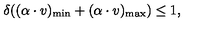
\delta ( ( \alpha \cdot v ) _ { \mathrm { m i n } } + ( \alpha \cdot v ) _ { \mathrm { m a x } } ) \leq 1 ,